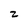
Character: 2